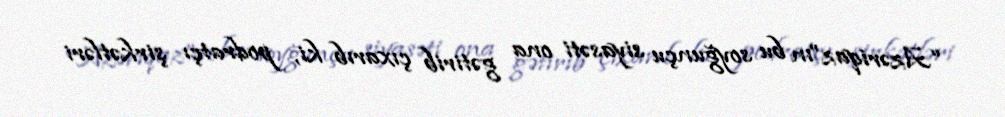
“Azəriqaz”ın bu soyğunçu siyasəti ona gətirib çıxarıb ki, podratçı şirkətləri